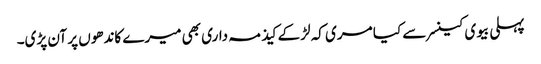
پہلی بیوی کینسر سے کیا مری کہ لڑکے کیذ مہ داری بھی میرے کاندھوں پر آن پڑی۔